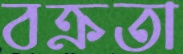
বক্রতা